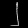
Digit: ၂